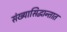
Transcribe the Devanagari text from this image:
संख्यासिद्धान्तात